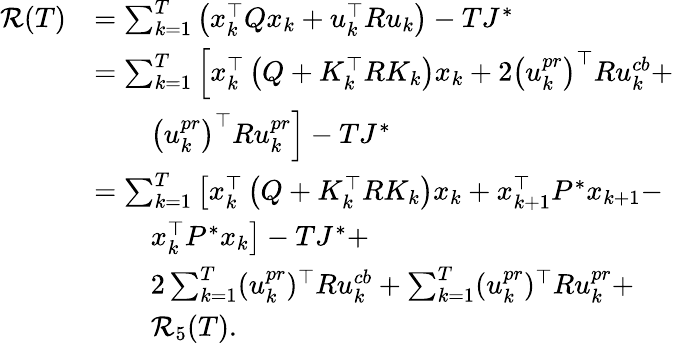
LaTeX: \begin{array}{rl}{\mathcal{R}(T)}&{=\sum_{k=1}^{T}\left(x_{k}^{\top}Qx_{k}+u_{k}^{\top}Ru_{k}\right)-TJ^{*}}\\ &{=\sum_{k=1}^{T}\left[x_{k}^{\top}\left(Q+K_{k}^{\top}RK_{k}\right)x_{k}+2\left(u_{k}^{pr}\right)^{\top}Ru_{k}^{cb}+\right.}\\ &{\qquad\left.\left(u_{k}^{pr}\right)^{\top}Ru_{k}^{pr}\right]-TJ^{*}}\\ &{=\sum_{k=1}^{T}\left[x_{k}^{\top}\left(Q+K_{k}^{\top}RK_{k}\right)x_{k}+x_{k+1}^{\top}P^{*}x_{k+1}-\right.}\\ &{\qquad\left.x_{k}^{\top}P^{*}x_{k}\right]-TJ^{*}+}\\ &{\qquad 2\sum_{k=1}^{T}(u_{k}^{pr})^{\top}Ru_{k}^{cb}+\sum_{k=1}^{T}(u_{k}^{pr})^{\top}Ru_{k}^{pr}+}\\ &{\qquad\mathcal{R}_{5}(T).}\end{array}